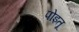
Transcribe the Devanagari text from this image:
पोइतू